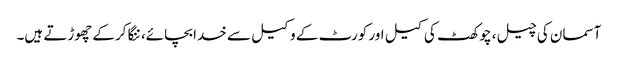
آسمان کی چیل، چوکھٹ کی کیل اور کورٹ کے وکیل سے خدا بچائے، ننگا کرکے چھوڑتے ہیں۔